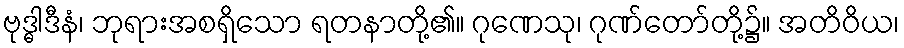
ဗုဒ္ဓါဒီနံ၊ ဘုရားအစရှိသော ရတနာတို့၏။ ဂုဏေသု၊ ဂုဏ်တော်တို့၌။ အတိဝိယ၊